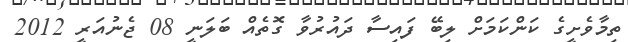
ތިމާވެށީގެ ކަންކަމަށް ލިބޭ ފައިސާ ދައުރުވާ ގޮތެއް ބަލަނީ 08 ޖެނުއަރީ 2012